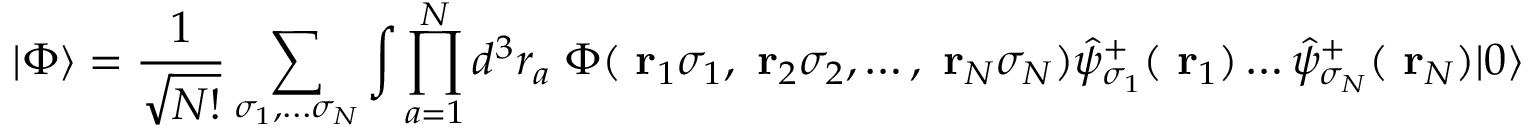
| \Phi \rangle = \frac { 1 } { \sqrt { N ! } } \sum _ { \sigma _ { 1 } , . . . \sigma _ { N } } \int \prod _ { a = 1 } ^ { N } d ^ { 3 } r _ { a } \; \Phi ( \mathrm { \bf ~ r } _ { 1 } \sigma _ { 1 } , \mathrm { \bf ~ r } _ { 2 } \sigma _ { 2 } , \dots , \mathrm { \bf ~ r } _ { N } \sigma _ { N } ) \hat { \psi } _ { \sigma _ { 1 } } ^ { + } ( \mathrm { \bf ~ r } _ { 1 } ) \dots \hat { \psi } _ { \sigma _ { N } } ^ { + } ( \mathrm { \bf ~ r } _ { N } ) | 0 \rangle